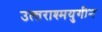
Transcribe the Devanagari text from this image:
उत्त्तराश्मयुगीन